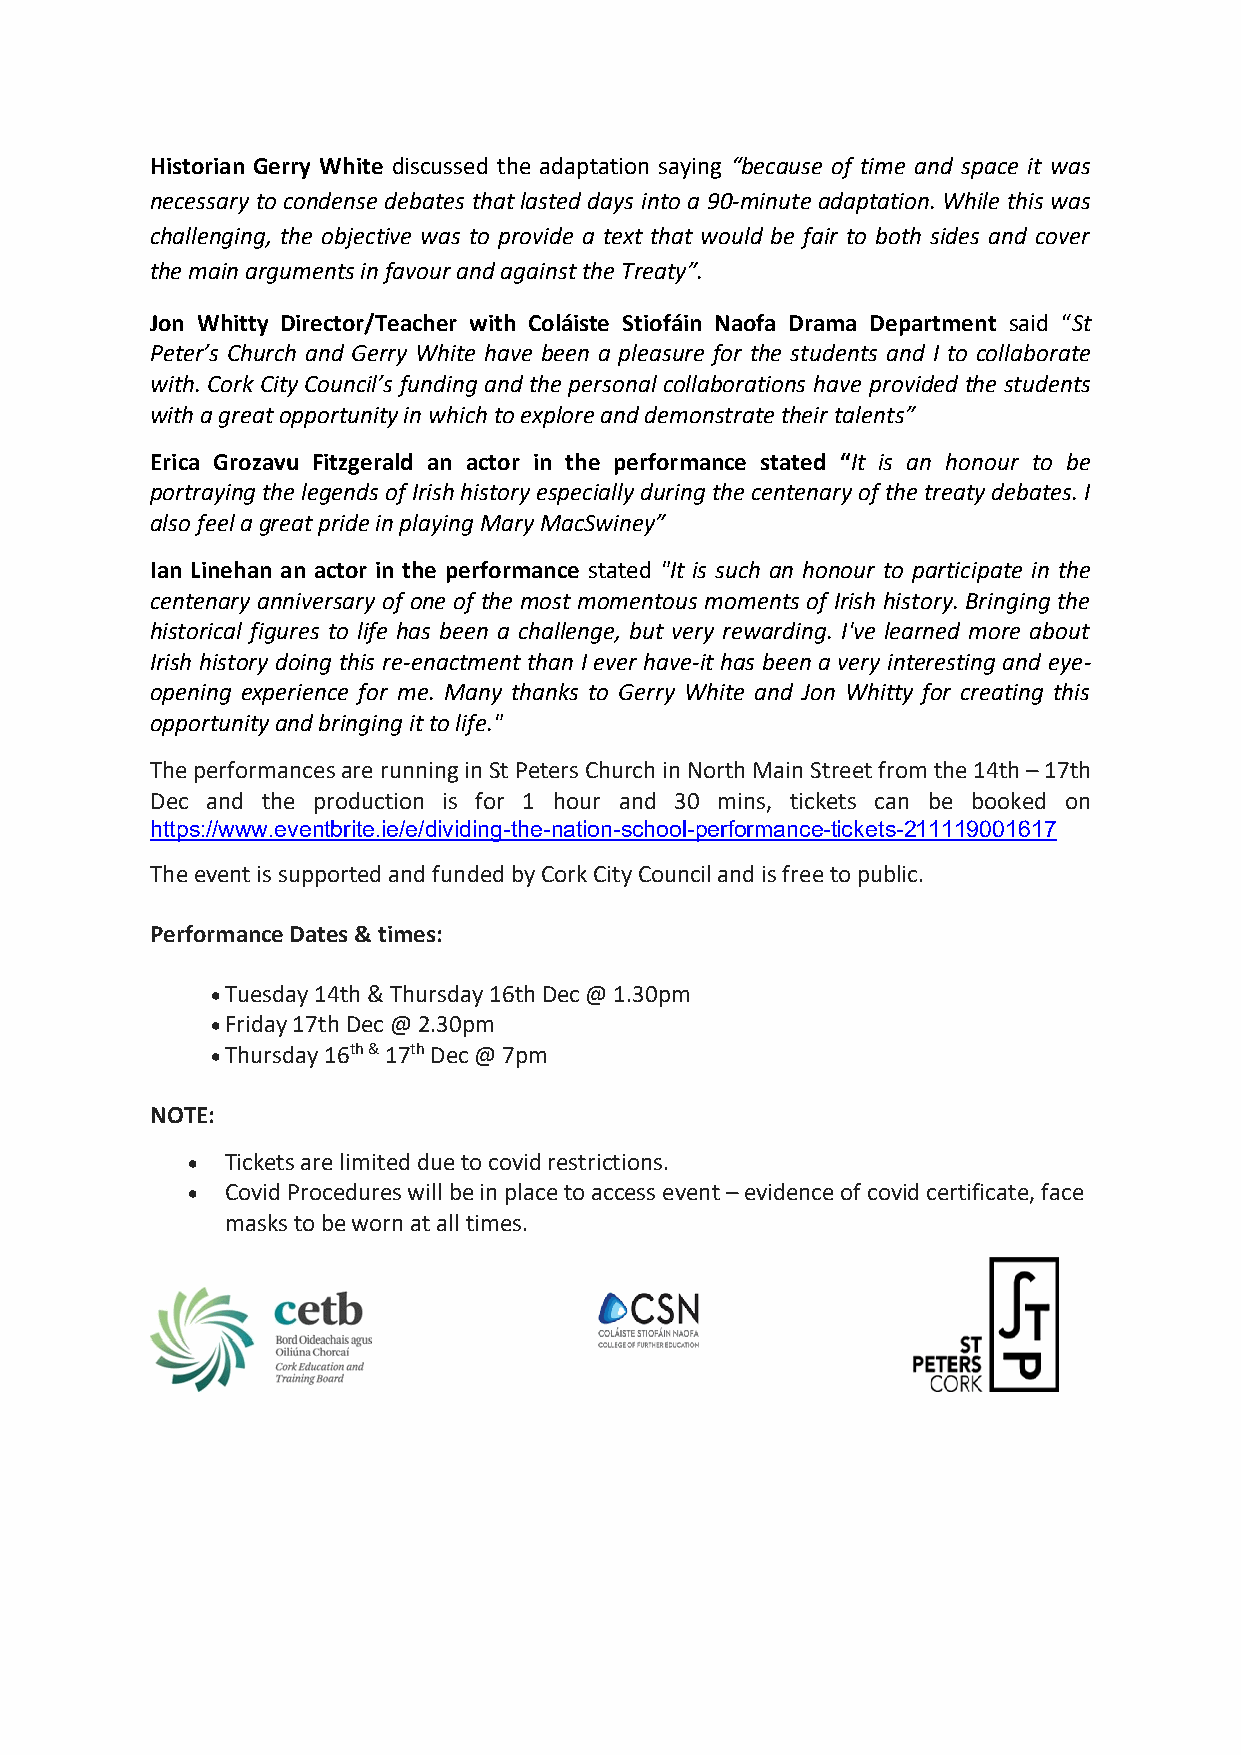
Historian Gerry White discussed the adaptation saying “because of time and space it was
 necessary to condense debates that lasted days into a 90-minute adaptation. While this was
 challenging, the objective was to provide a text that would be fair to both sides and cover
 the main arguments in favour and against the Treaty”.
 Jon Whitty Director/Teacher with Coláiste Stiofáin Naofa Drama Department said “St
 Peter’s Church and Gerry White have been a pleasure for the students and I to collaborate
 with. Cork City Council’s funding and the personal collaborations have provided the students
 with a great opportunity in which to explore and demonstrate their talents”
 Erica Grozavu Fitzgerald an actor in the performance stated “It is an honour to be
 portraying the legends of Irish history especially during the centenary of the treaty debates. I
 also feel a great pride in playing Mary MacSwiney”
 Ian Linehan an actor in the performance stated "It is such an honour to participate in the
 centenary anniversary of one of the most momentous moments of Irish history. Bringing the
 historical figures to life has been a challenge, but very rewarding. I've learned more about
 Irish history doing this re-enactment than I ever have-it has been a very interesting and eye-
 opening experience for me. Many thanks to Gerry White and Jon Whitty for creating this
 opportunity and bringing it to life."
 The performances are running in St Peters Church in North Main Street from the 14th – 17th
 Dec and the production is for 1 hour and 30 mins, tickets can be booked on
 https://www.eventbrite.ie/e/dividing-the-nation-school-performance-tickets-211119001617
 The event is supported and funded by Cork City Council and is free to public.
 Performance Dates & times:
 • Tuesday 14th & Thursday 16th Dec @ 1.30pm
 • Friday 17th Dec @ 2.30pm
 • Thursday 16th & 17th Dec @ 7pm
 NOTE:
 •  Tickets are limited due to covid restrictions.
 •  Covid Procedures will be in place to access event – evidence of covid certificate, face
 masks to be worn at all times.